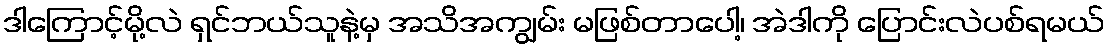
ဒါကြောင့်မို့လဲ ရှင်ဘယ်သူနဲ့မှ အသိအကျွမ်း မဖြစ်တာပေါ့၊ အဲဒါကို ပြောင်းလဲပစ်ရမယ်